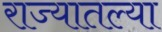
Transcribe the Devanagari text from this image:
राज्‍यातल्‍या